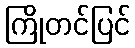
ကြိုတင်ပြင်